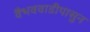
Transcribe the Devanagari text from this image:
वैभववाडीपासुन